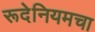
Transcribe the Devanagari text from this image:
रूदेनियमचा